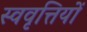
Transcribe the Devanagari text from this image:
स्ववृत्तियों